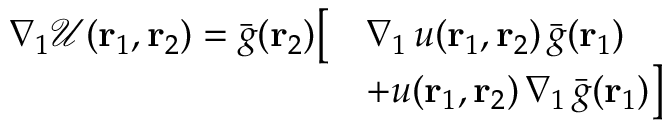
\begin{array} { r l } { \nabla _ { 1 } \mathcal { U } ( { \mathbf { r } _ { 1 } } , { \mathbf { r } _ { 2 } } ) = \bar { g } ( { \mathbf { r } _ { 2 } } ) \big [ } & { \nabla _ { 1 } \, u ( { \mathbf { r } _ { 1 } } , { \mathbf { r } _ { 2 } } ) \, \bar { g } ( { \mathbf { r } _ { 1 } } ) } \\ & { + u ( { \mathbf { r } _ { 1 } } , { \mathbf { r } _ { 2 } } ) \, \nabla _ { 1 } \, \bar { g } ( { \mathbf { r } _ { 1 } } ) \big ] } \end{array}